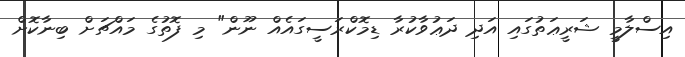
އިސްލާމީ ޝަރީޢަތުގައި އަދި ދަޢުވާކުރާ ޑިމޮކްރަސީގައެއް ނޫން" މި ފޮތުގެ މައްޗަށް ބިނާކޮށް